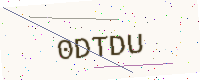
Text: 0DTDU